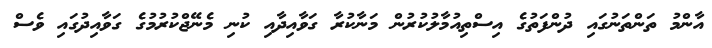
އާންމު ތަންތަނުގައި ދުންފަތުގެ އިސްތިއުމާލުކުރުން މަނާކުރާ ގަވާއިދާއި ކުނި މެނޭޖްކުރުމުގެ ގަވާއިދުގައި ވެސް